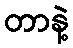
တာနဲ့